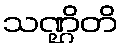
သဏ္ဌိတိ